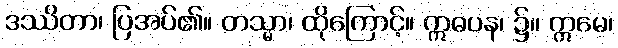
ဒဿိတာ၊ ပြအပ်၏။ တသ္မာ၊ ထိုကြောင့်။ ဣဓပန၊ ၌။ ဣမေ၊